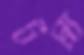
টপ্প্য